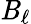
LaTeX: \mathit{B}_{\ell}